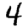
Digit: 4